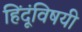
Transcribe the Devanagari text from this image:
हिंदूंविषयी